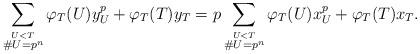
LaTeX: \begin{align*}\sum\limits_{\stackrel{U < T}{\#U = p^n}} \varphi_T(U) y_U^p + \varphi_T(T)y_T = p\sum\limits_{\stackrel{U < T}{\#U = p^n}} \varphi_T(U) x_U^p + \varphi_T(T)x_T.\end{align*}